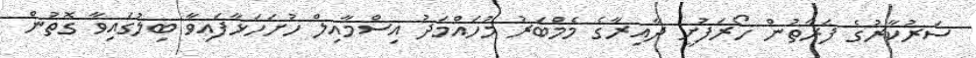
ސަރުކާރުގެ ފަރާތުން ހޯރަފުށީ ދާއިރާގެ މެމްބަރު މުހައްމަދު އިސްމާއިލް ހުށަހަޅާފައިވާ ބިލުގައިވާ ގޮތުން